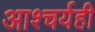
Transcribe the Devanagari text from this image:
आश्चर्यही